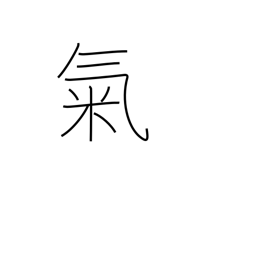
Meaning: mood